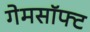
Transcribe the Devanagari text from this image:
गेमसॉफ्ट